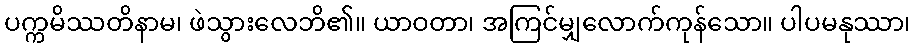
ပက္ကမိဿတိနာမ၊ ဖဲသွားလေဘိ၏။ ယာဝတာ၊ အကြင်မျှလောက်ကုန်သော။ ပါပမနုဿာ၊